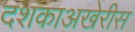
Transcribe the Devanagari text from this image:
दशकाअखेरीस